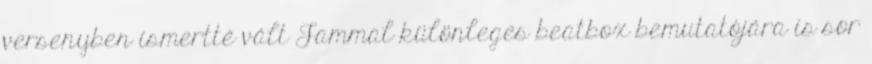
versenyben ismertté vált Jammal különleges beatbox bemutatójára is sor